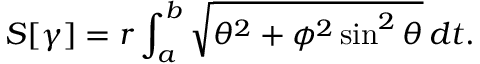
S [ \gamma ] = r \int _ { a } ^ { b } { \sqrt { \theta ^ { 2 } + \phi ^ { 2 } \sin ^ { 2 } \theta } } \, d t .